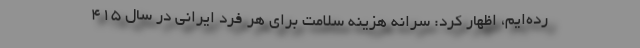
رده‌ایم، اظهار کرد: سرانه هزینه سلامت برای هر فرد ایرانی در سال ۴۱۵